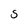
Character: S